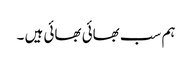
ہم سب بھائی بھائی ہیں ۔